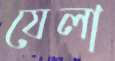
যেলা